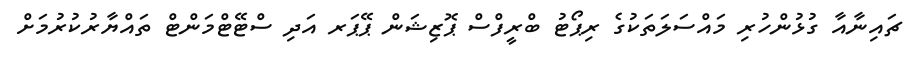
ޗައިނާއާ ގުޅުންހުރި މައްސަލަތަކުގެ ރިޕޯޓު ބްރީފްސް ޕޮޒިޝަން ޕޭޕަރ އަދި ސްޓޭޓްމަންޓް ތައްޔާރުކުރުމަށް